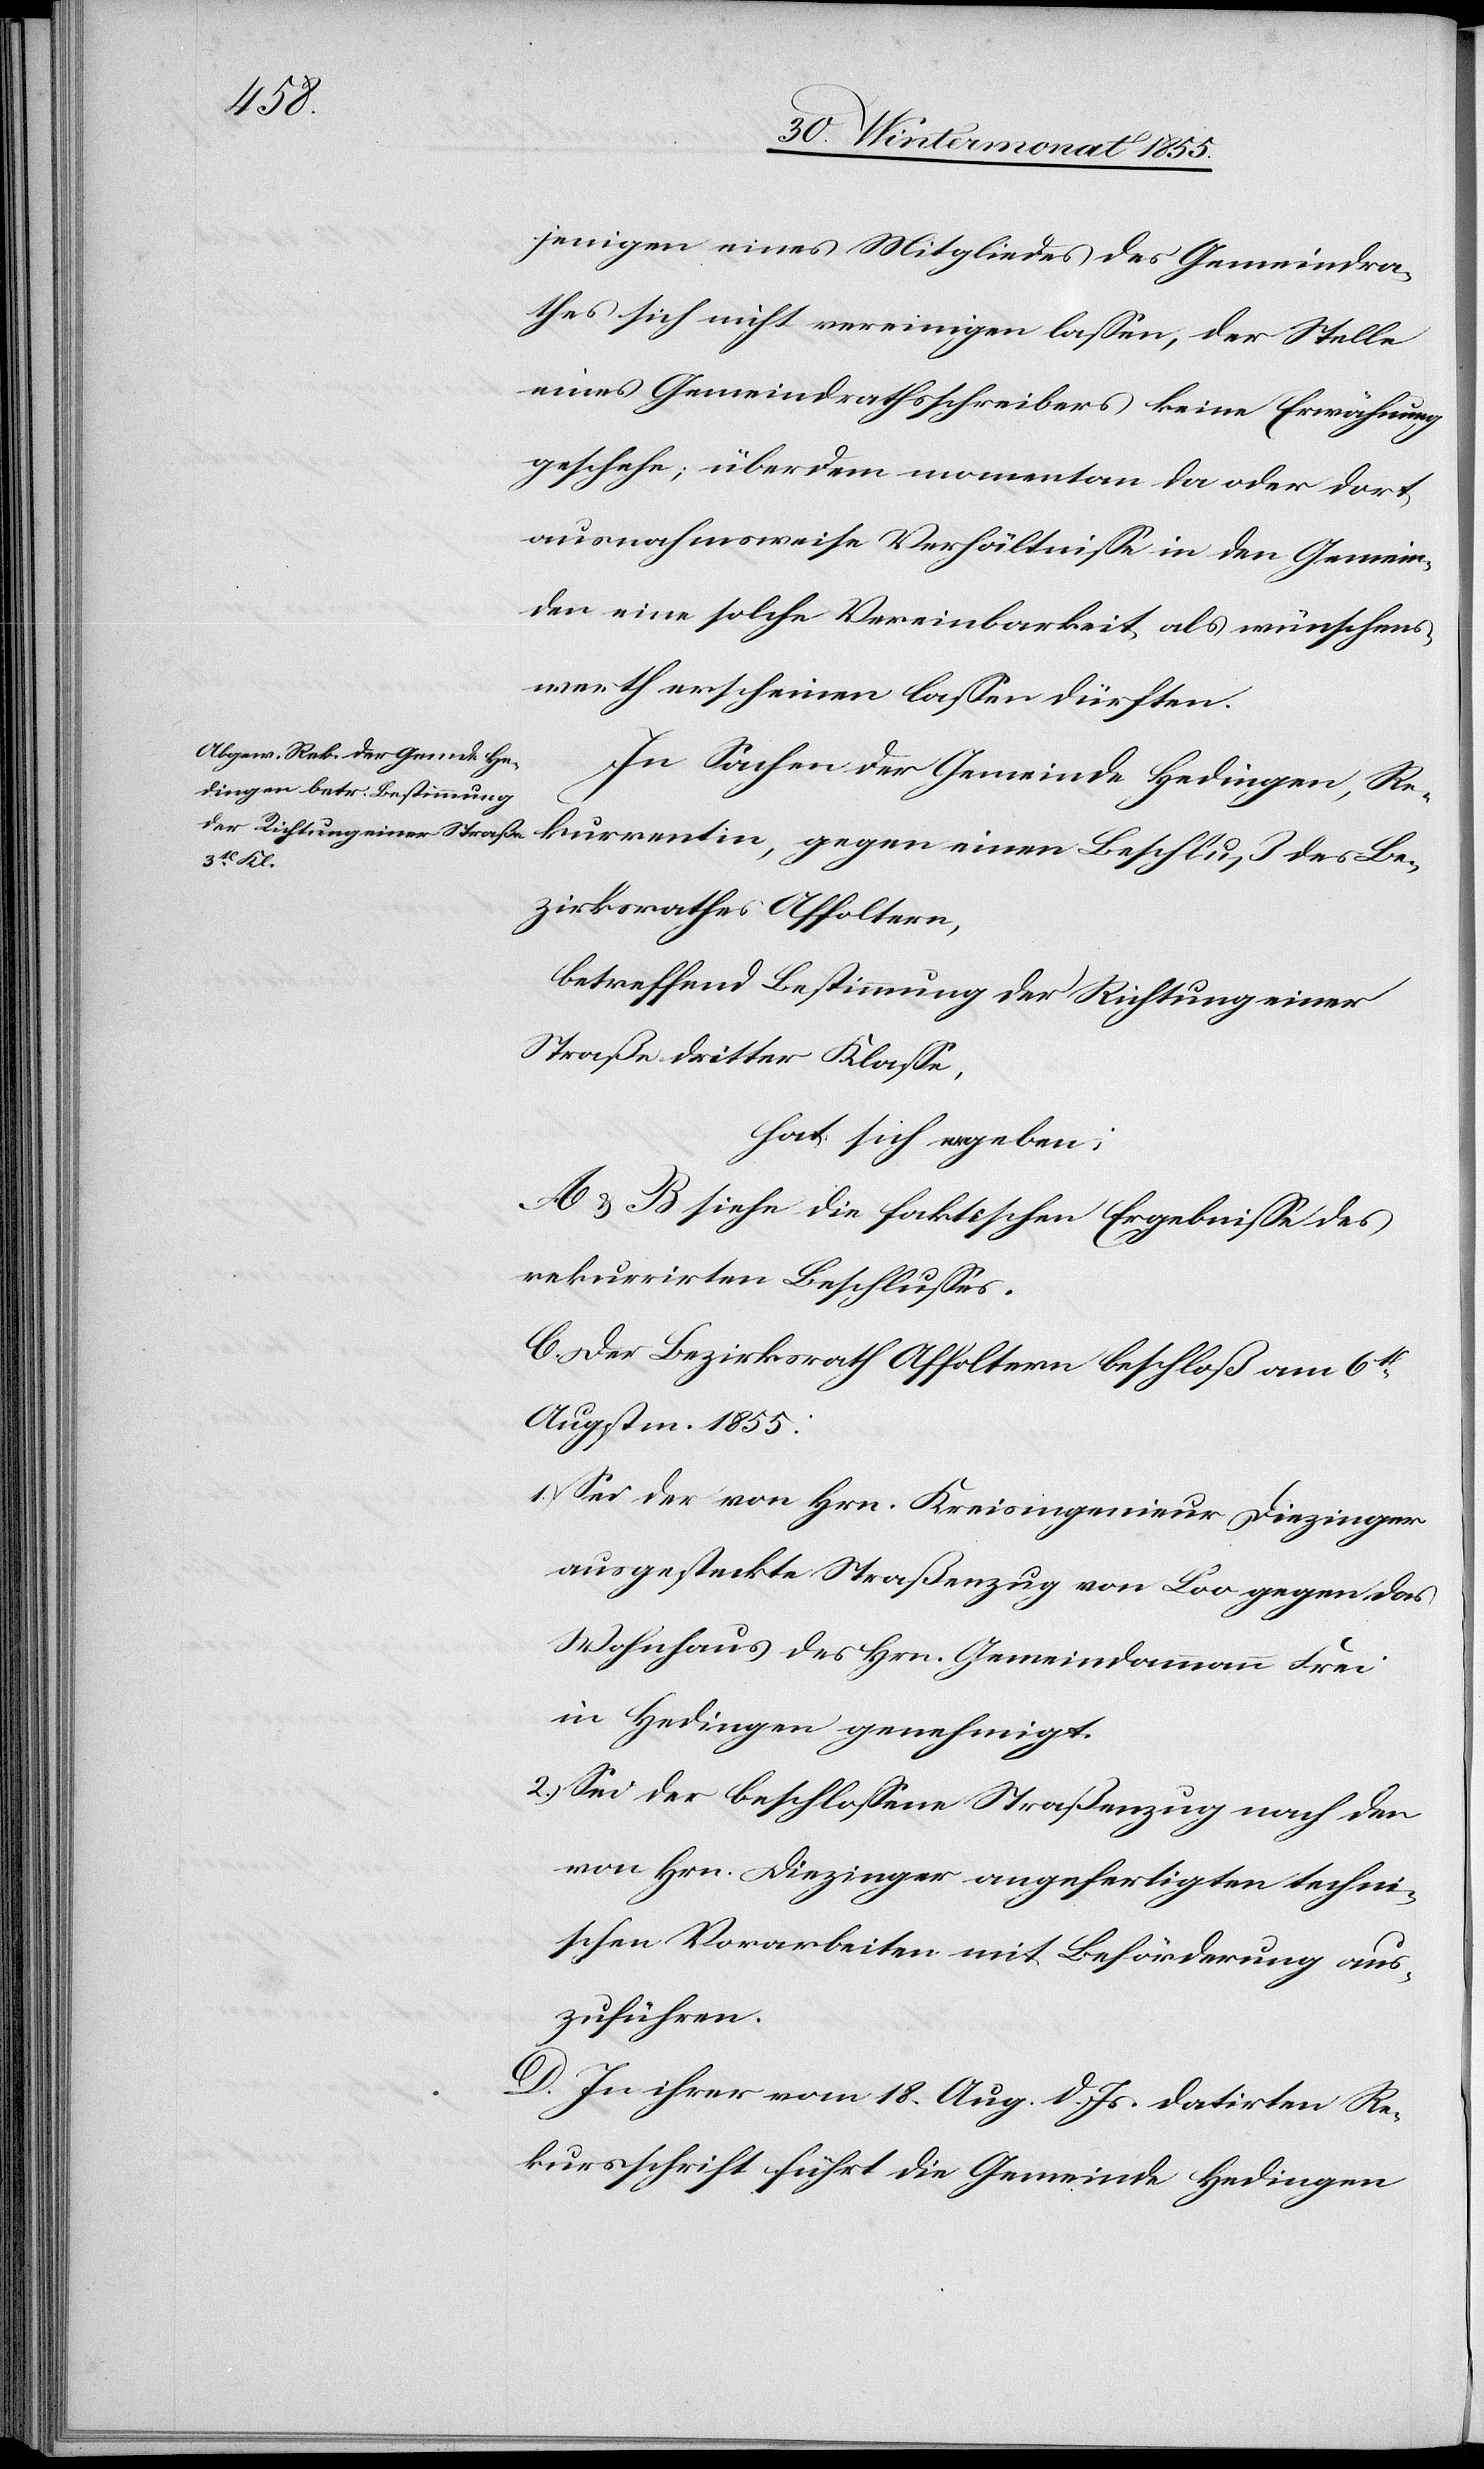
jenigen eines Mitgliedes des Gemeindra¬
thes sich nicht vereinigen lassen, der Stelle
eines Gemeindrathsschreibers keine Erwähnung
geschehe; überdem momentan da oder dort
ausnahmsweise Verhältnisse in den Gemein¬
den eine solche Vereinbarkeit als wünschens¬
werth erscheinen lassen dürften.
In Sachen der Gemeinde Hedingen, Re¬
kurrentin, gegen einen Beschluß des Be¬
zirksrathes Affoltern,
betreffend Bestimmung der Richtung einer
Straße dritter Klasse,
hat sich ergeben:
A & B siehe die faktischen Ergebnisse des
rekurrirten Beschlusses.
C. Der Bezirksrath Affoltern beschloß am 6t
Augstm. 1855:
Sei der von Hrn. Kreisingenieur Diezinger
ausgesteckte Straßenzug von Loo gegen das
Wohnhaus des Hrn. Gemeindammann Frei
in Hedingen genehmigt.
Sei der beschlossene Straßenzug nach den
von Hrn. Diezinger angefertigten techni¬
schen Vorarbeiten mit Beförderung aus¬
zuführen.
D. In ihrer vom 18. Aug. d. Js. datirten Re¬
kursschrift führt die Gemeinde Hedingen